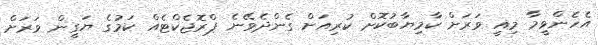
އެހެންވީމާ މިއީ ވަރަށް ކާމިޔާބުކޮށް ކުރިއަށް ގެންދެވޭނެ ޕްރޮޖެކްޓެއް ކަމުގެ ޔަގީން ވަރަށް